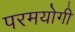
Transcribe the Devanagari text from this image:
परमयोगी